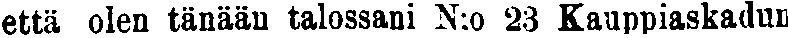
että olen tänään talossani N:o 23 Kauppiaskadun